18_100754_ General 1946-7_Vol_2
Agency: Department of War
Incident date: 12/30/47
Page 17
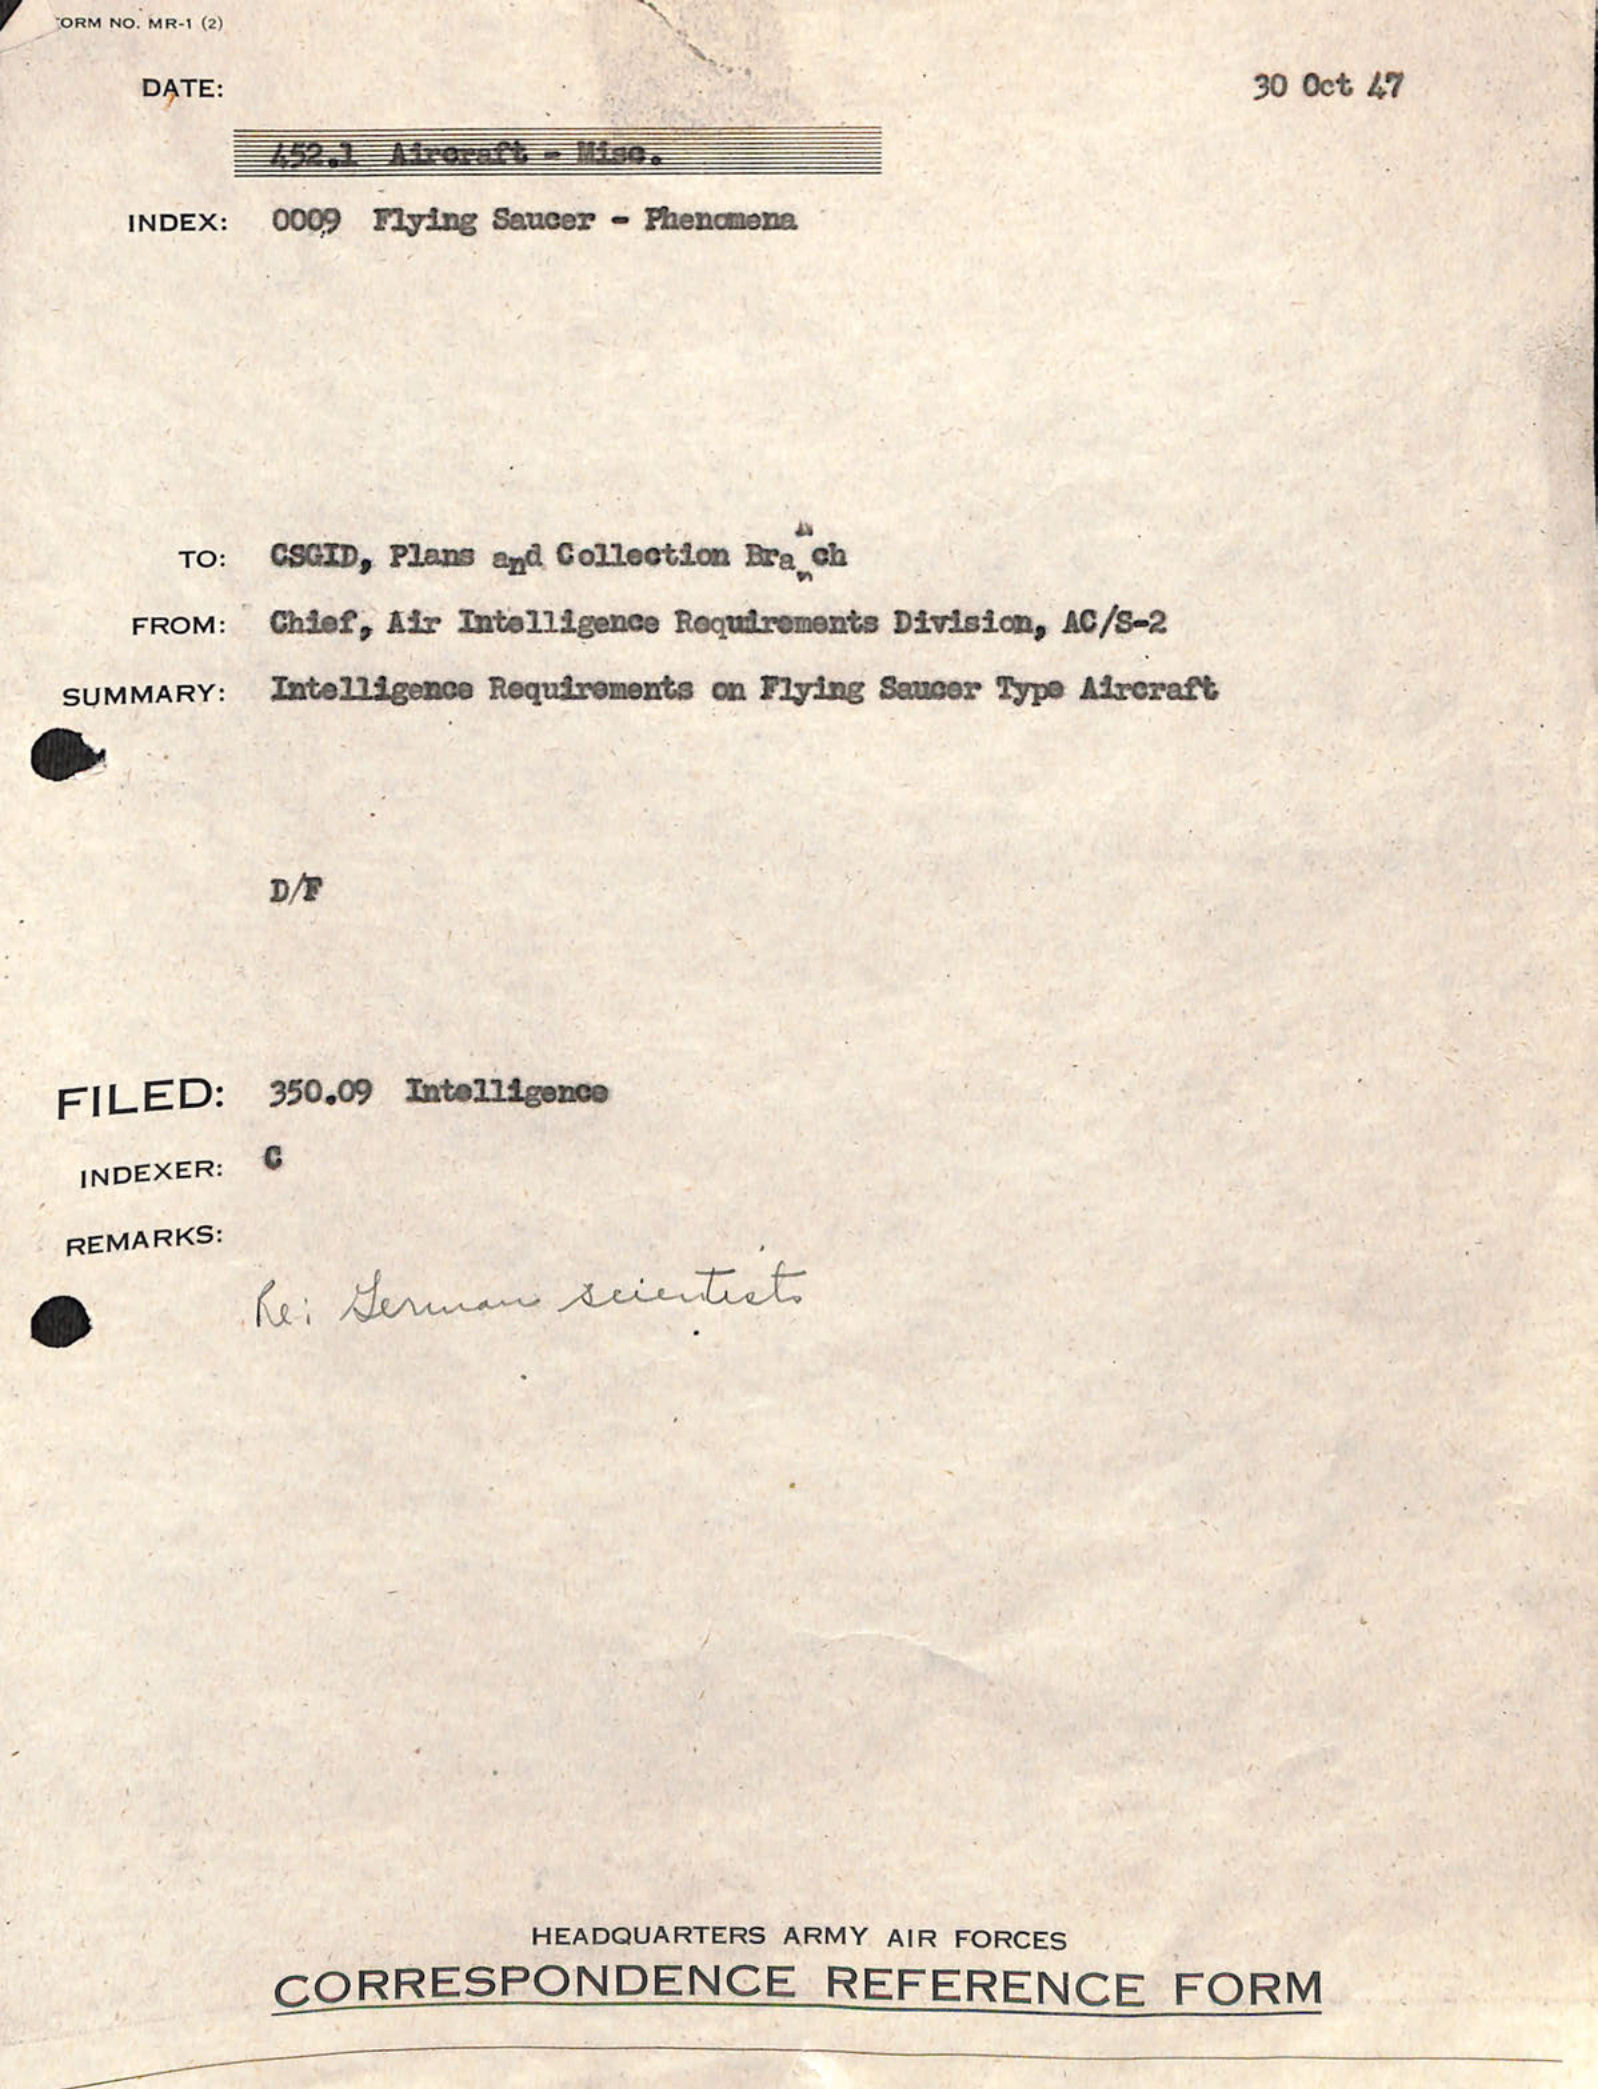